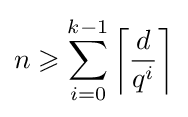
n\geqslant \sum _{i=0}^{k-1}\left\lceil {\frac {d}{q^{i}}}\right\rceil